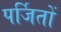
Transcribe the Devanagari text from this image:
पर्जितों